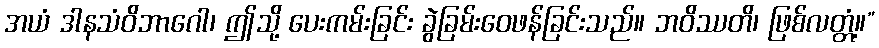
အယံ ဒါနသံဝိဘာဂေါ၊ ဤသို့ ပေးကမ်းခြင်း ခွဲခြမ်းဝေဖန်ခြင်းသည်။ ဘဝိဿတိ၊ ဖြစ်လတ္တံ့။”